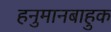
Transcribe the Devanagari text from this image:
हनुमानबाहुक